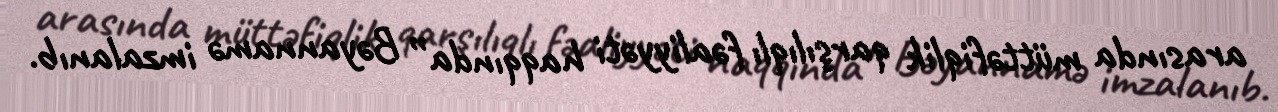
arasında müttəfiqlik qarşılıqlı fəaliyyəti haqqında” Bəyannamə imzalanıb.